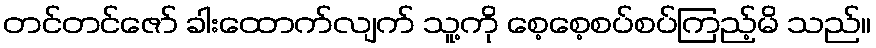
တင်တင်ဇော် ခါးထောက်လျက် သူ့ကို စေ့စေ့စပ်စပ်ကြည့်မိ သည်။